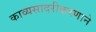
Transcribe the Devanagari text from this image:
काव्यसादरीकरणाने